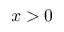
x > 0